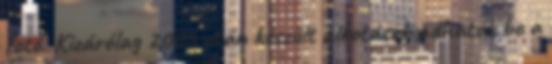
fotó. Kizárólag 2005 után készült alkotások adhatók be a